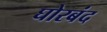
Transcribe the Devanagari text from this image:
घोरबंद